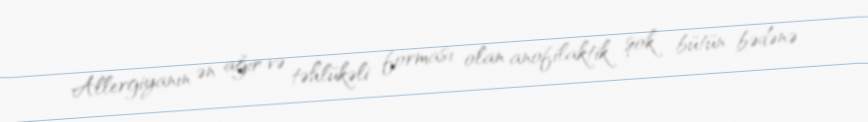
Allergiyanın ən ağır və təhlükəli forması olan anofilaktik şok bütün bədənə